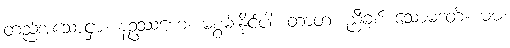
တည်အံ့သောငှာ။ နဥဿဟေ၊ မစွမ်းနိုင်ပါ။ တာတ၊ ညီချစ် သောမဒတ်။ မမ၊